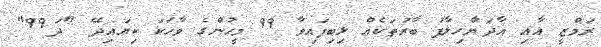
ރަމްޒީ އާއި އާދަޔާހިލާފު ބާރުތަކެއް ލިބިފައިވާ 99 މީހުންގެ ވާހަކަ ކިޔައިދޭ "ދަ99"